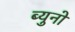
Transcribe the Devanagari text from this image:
ब्युनो